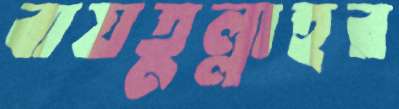
বায়তুল্লাহর